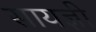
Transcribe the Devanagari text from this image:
सायज्ञी